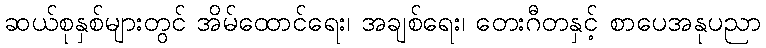
ဆယ်စုနှစ်များတွင် အိမ်ထောင်ရေး၊ အချစ်ရေး၊ တေးဂီတနှင့် စာပေအနုပညာ